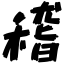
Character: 稽